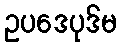
ဥပဒေပုဒ်မ